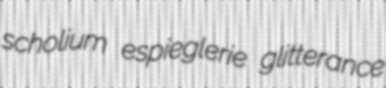
scholium espieglerie glitterance